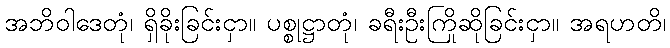
အဘိဝါဒေတုံ၊ ရှိခိုးခြင်းငှာ။ ပစ္စုဋ္ဌာတုံ၊ ခရီးဦးကြိုဆိုခြင်းငှာ။ အရဟတိ၊